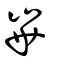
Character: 崋